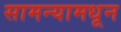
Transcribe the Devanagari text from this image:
सामन्यामधून